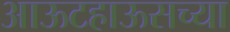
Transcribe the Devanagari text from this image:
आऊटहाऊसच्या